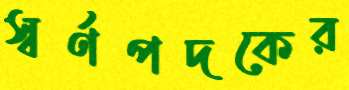
স্বর্ণপদকের